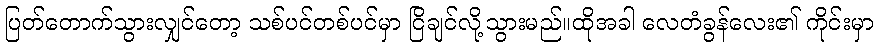
ပြတ်တောက်သွားလျှင်တော့ သစ်ပင်တစ်ပင်မှာ ငြိချင်လို့သွားမည်။ထိုအခါ လေတံခွန်လေး၏ ကိုင်းမှာ